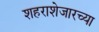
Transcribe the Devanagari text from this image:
शहराशेजारच्या